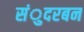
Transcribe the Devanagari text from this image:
संुदरबन